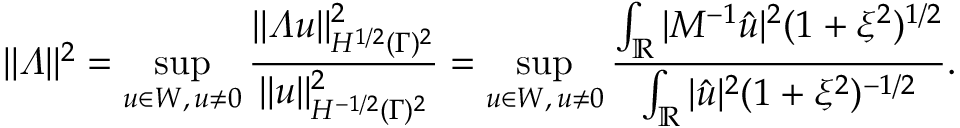
\| \varLambda \| ^ { 2 } = \operatorname* { s u p } _ { u \in W , \, u \not = 0 } \frac { \| \varLambda u \| _ { H ^ { 1 / 2 } ( \Gamma ) ^ { 2 } } ^ { 2 } } { \| u \| _ { H ^ { - 1 / 2 } ( \Gamma ) ^ { 2 } } ^ { 2 } } = \operatorname* { s u p } _ { u \in W , \, u \not = 0 } \frac { \int _ { \mathbb { R } } | M ^ { - 1 } \hat { u } | ^ { 2 } ( 1 + \xi ^ { 2 } ) ^ { 1 / 2 } } { \int _ { \mathbb { R } } | \hat { u } | ^ { 2 } ( 1 + \xi ^ { 2 } ) ^ { - 1 / 2 } } .